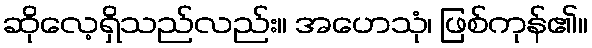
ဆိုလေ့ရှိသည်လည်း။ အဟေသုံ၊ ဖြစ်ကုန်၏။